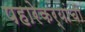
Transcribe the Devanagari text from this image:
पहारेकर्‍यांची